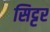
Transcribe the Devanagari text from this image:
सिट्टर